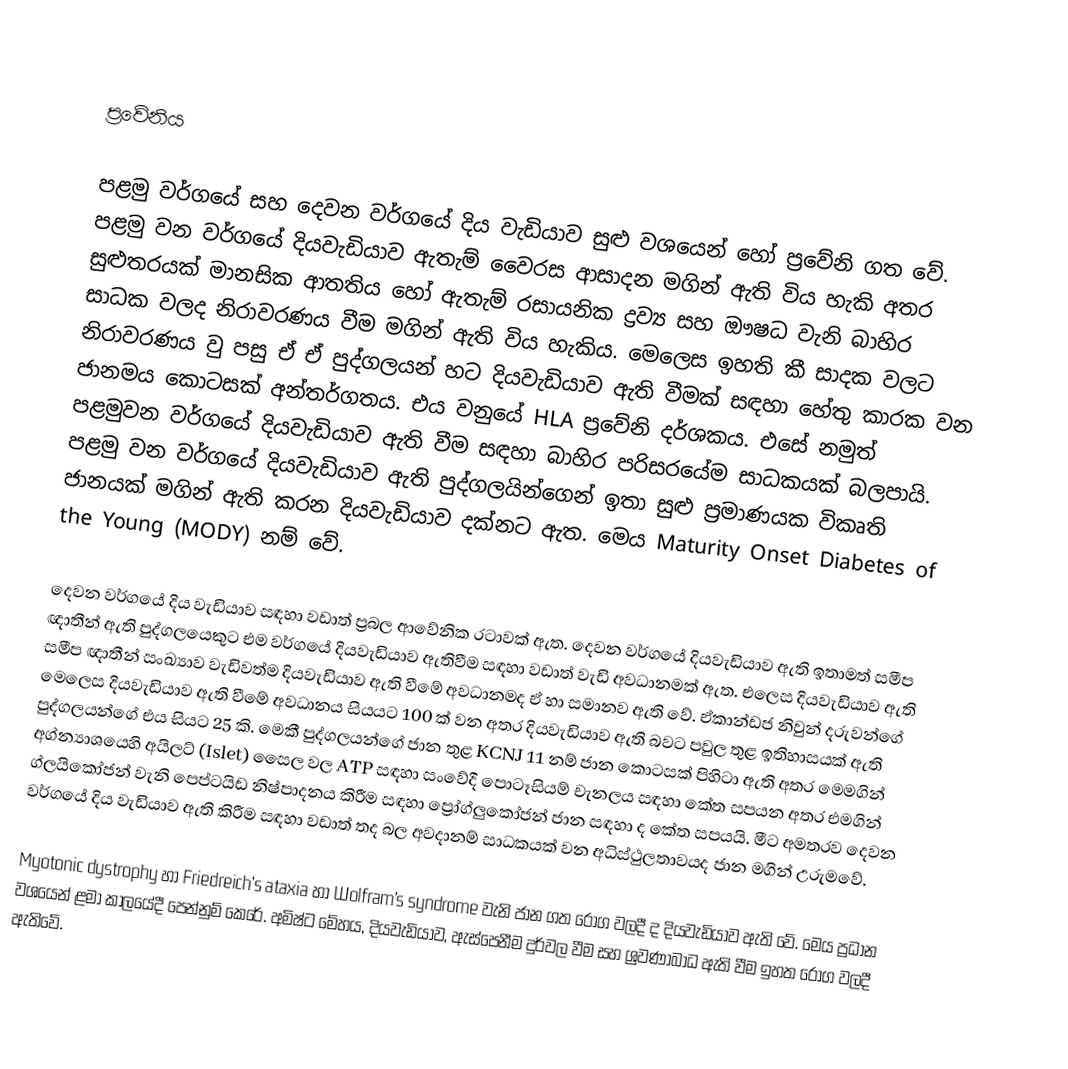

ප්‍රවේනිය

පළමු වර්ගයේ සහ දෙවන වර්ගයේ දිය වැඩියාව සුළු වශයෙන් හෝ ප්‍රවේනි ගත වේ.  පළමු වන වර්ගයේ දියවැඩියාව ඇතැම් වෛරස ආසාදන මගින් ඇති විය හැකි අතර  සුළුතරයක් මානසික ආතතිය හෝ ඇතැම් රසායනික ද්‍රව්‍ය සහ ඖෂධ වැනි බාහිර සාධක වලද නිරාවරණය වීම මගින් ඇති විය හැකිය. මෙලෙස ඉහති කී සාදක වලට නිරාවරණය වු පසු ඒ ඒ පුද්ගලයන් හට දියවැඩියාව ඇති වීමක් සඳහා හේතු කාරක වන ජානමය කොටසක් අන්තර්ගතය. එය වනුයේ HLA 	ප්‍රවේනි දර්ශකය. එසේ නමුත් පළමුවන වර්ගයේ දියවැඩියාව ඇති වීම සඳහා බාහිර පරිසරයේම සාධකයක් බලපායි. පළමු වන වර්ගයේ දියවැඩියාව ඇති පුද්ගලයින්ගෙන් ඉතා සුළු ප්‍රමාණයක විකෘති ජානයක් මගින් ඇති කරන දියවැඩියාව දක්නට ඇත. මෙය Maturity Onset Diabetes of the Young (MODY)  නම් වේ.

දෙවන වර්ගයේ දිය වැඩිය‍ාව සඳහා වඩාත් ප්‍රබල ආවේනික රටාවක් ඇත. දෙවන වර්ගයේ දියවැඩියාව ඇති ඉතාමත් සමීප ඥාතීන් ඇති පුද්ගලයෙකුට එම වර්ගයේ දියවැඩියාව ඇතිවීම සඳහා වඩාත් වැඩි අවධානමක් ඇත. එලෙස දියවැඩියාව ඇති සමීප ඥාතීන් සංඛ්‍යාව වැඩිවත්ම දියවැඩියාව ඇති වීමේ අවධානමද ඒ හා සමානව ඇති වේ. ඒකාන්ඩජ නිවුන් දරුවන්ගේ මෙලෙස දියවැඩියාව ඇති වීමේ අවධානය සියයට 100 ක් වන අතර දියවැඩියාව ඇති බවට පවුල තුළ ඉතිහාසයක් ඇති පුද්ගලයන්ගේ එය සියට 25 කි. මෙකී පුද්ගලයන්ගේ ජාන තුළ KCNJ 11 නම් ජාන කොටසක් පිහිටා ඇති අතර මෙමගින් අග්න්‍යාශයෙහි අයිලට් (Islet) සෛල වල ATP සඳහා සංවේදී පොටෑසියම් චැනලය සඳහා කේත සපයන අතර එමගින් ග්ලයිකෝජන් වැනි පෙප්ටයිඩ නිෂ්පාදනය කිරීම සඳහා ප්‍රෝග්ලුකෝජන් ජාන සඳහා ද කේත සපයයි. මීට අමතරව දෙවන වර්ගයේ දිය වැඩියාව ඇති කිරීම සඳහා වඩාත් තද බල අවදානම් සාධකයක් වන අධිස්ථුලතාවයද ජාන මගින් උරුමවේ.

Myotonic dystrophy හා  Friedreich’s ataxia හා Wolfram’s syndrome වැනි  ජාන ගත රෝග වලදී ද දියවැඩියාව ඇති වේ. මෙය ප්‍රධාන වශයෙන් ළමා කාලයේදී පෙන්නුම් කෙරේ. අමිෂ්ට මේහය, දියවැඩියාව, ඇස්පෙනීම දුර්වල වීම සහ  ශ්‍රවණාබාධ  ඇති වීම ඉහත රෝග වලදී ඇතිවේ.